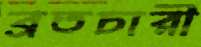
ব্রতচারী